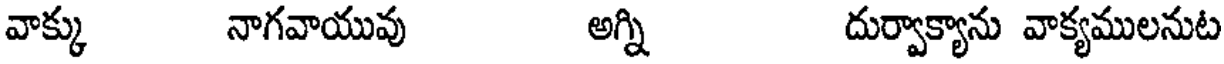
వాక్కు నాగవాయువు అగ్ని దుర్వాక్యాను వాక్యములనుట